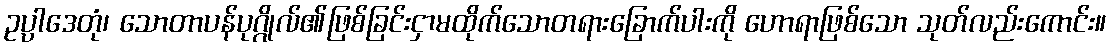
ဥပ္ပါဒေတုံ၊ သောတာပန်ပုဂ္ဂိုလ်၏ဖြစ်ခြင်းငှာမထိုက်သောတရားခြောက်ပါးကို ဟောရာဖြစ်သော သုတ်လည်းကောင်း။